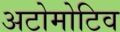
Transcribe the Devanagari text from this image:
अटोमोटिव